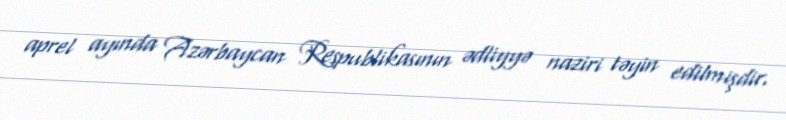
aprel ayında Azərbaycan Respublikasının ədliyyə naziri təyin edilmişdir.